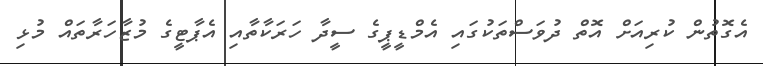
އެގޮތުން ކުރިއަށް އޮތް ދުވަސްތަކުގައި އެމްޑީޕީގެ ސީދާ ހަރަކާތާއި އެޕާޓީގެ މުޒާހަރާތައް މުޅި